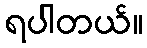
ရပါတယ်။